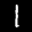
Label: 1